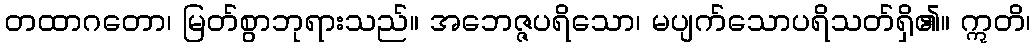
တထာဂတော၊ မြတ်စွာဘုရားသည်။ အဘေဇ္ဇပရိသော၊ မပျက်သောပရိသတ်ရှိ၏။ ဣတိ၊